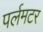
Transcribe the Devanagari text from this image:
पर्लमटर